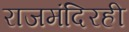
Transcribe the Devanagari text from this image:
राजमंदिरही